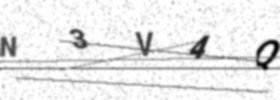
Text: N3V4Q